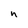
Character: n